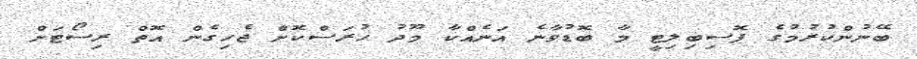
ބޭނުންކުރުމުގެ ޕޮސިބިލިޓީ މާ ބޮޑުވާނެ އަނެއްކާ މޫދު ހުރަސްކޮށް ޖެހިގެން އޮތް ރިސޯޓަށް